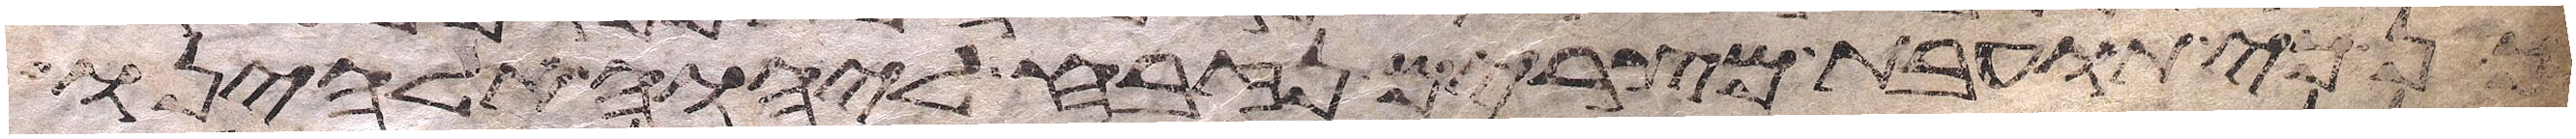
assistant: כי תועבת מצרים נזבח ליהוה אלהינו